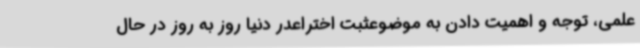
علمی، توجه و اهمیت دادن به موضوعثبت اختراعدر دنیا روز به روز در حال